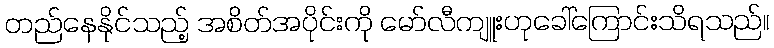
တည်နေနိုင်သည့် အစိတ်အပိုင်းကို မော်လီကျူးဟုခေါ်ကြောင်းသိရသည်။